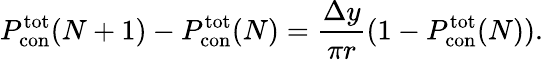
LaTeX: P_{\mathrm{con}}^{\mathrm{tot}}(N+1)-P_{\mathrm{con}}^{\mathrm{tot}}(N)=\frac{\Delta y}{\pi r}(1-P_{\mathrm{con}}^{\mathrm{tot}}(N)).